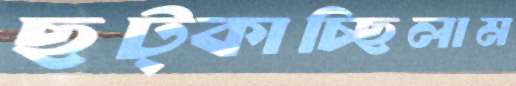
ছট্‌কাচ্ছিলাম